Vaccination in Bombay 1924-1928 - 1924-1928
Year: 1924
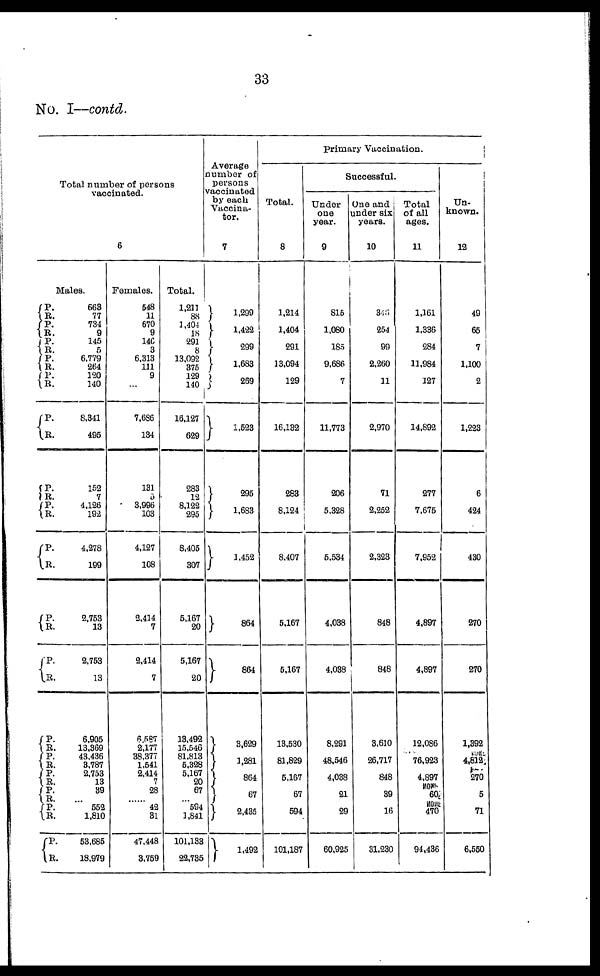
33
No. I—contd.
Total number of persons
vaccinated.
6
Males.
P.
R.
P. R.
P.
R.
P. R.
P.
R.
P.
R.
P.
R.
P. R.
P.
R.
P.
R.
P.
R.
P.
R.
P.
R.
P. R.
P.
R.
P.
R.
P. R.
663
77
734
9
145
6
6,779
264
120
140
8,841
495
152
7
4,126
192
4,278
199
2,753
13
2,753
13
6,905
13,369
43,436
3,787
2,753
13
39
...
552
1,810
53,685
18,979
Females.
548
11
670
9
146
3
6,313
111
9
...
7,686
134
131
5
3,996
103
4,127
108
2,414
7
2,414
7
6,587
2,177
38,377
1,541
2,414
7
28
......
42
31
47,448
3,759
Total.
1,211
88
1,404
18
291
8
13,092
375
129
140
16,127
629
283
12
8,122
295
8,405
307
5,167
20
5,167
20
13,492
15,546
81,813
5,328
5,167
20
67
...
594
1,841
101,133
22,735
Average
number of
persons
vaccinated
by each
Vaccina¬
tor.
7
1,299
1,422
299
1,683
269
1,523
295
1,683
1,452
864
864
3,629
1,281
864
67
2,435
1,492
Primary Vaccination.
Total.
8
1,214
1,404
291
13,094
129
16,132
283
8,124
8,407
5,167
5,167
13,530
81,829
5,167
67
594
101,187
Successful.
Under
one
year.
9
815
1,080
185
9,686
7
11,773
206
5,328
5,534
4,038
4,038
8,291
48,546
4,038
21
29
60,925
One and
under six
years.
10
346
254
99
2,260
11
2,970
71
2,252
2,323
848
848
3,610
26,717
848
39
16
31,230
Total
of all
ages.
11
1,161
1,336
284
11,984
127
14,892
277
7,675
7,952
4,897
4,897
12,086
76,923
4,897
60
470
94,436
Un-
known.
12
49
65
7
1,100
2
1,223
6
424
430
270
270
1,392
4,812
270
5
71
6,550